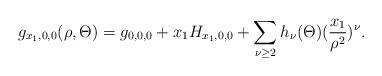
LaTeX: \begin{align*}g_{x_1,0,0}(\rho,\Theta) = g_{0,0,0} + x_1H_{x_1,0,0} + \sum_{\nu\geq 2}h_\nu(\Theta)(\frac{x_1}{\rho^2})^\nu.\end{align*}